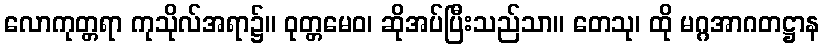
လောကုတ္တရာ ကုသိုလ်အရာ၌။ ဝုတ္တမေဝ၊ ဆိုအပ်ပြီးသည်သာ။ တေသု၊ ထို မဂ္ဂအာဂတဋ္ဌာန